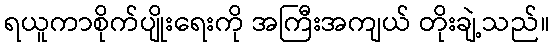
ရယူကာစိုက်ပျိုးရေးကို အကြီးအကျယ် တိုးချဲ့သည်။